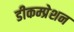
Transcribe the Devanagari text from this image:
डीकम्प्रेशन